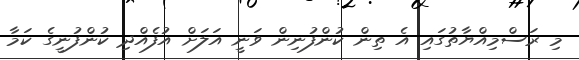
މި ރަސްމިއްޔާތުގައި އެ ތިން ކުންފުނިން ވަނީ އަލަށް އުފެއްދި ކުންފުނީގެ ކަމާ